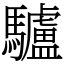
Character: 驢